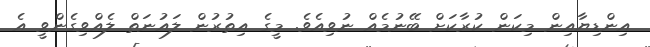
އިންޑިޔާއިން މިކަން ކުރާކަށް ބޭނުމެއް ނުވިއެވެ. މީގެ އިތުރުން ލައުނަތް ލެއްވިގެންވީ އެ